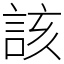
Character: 該